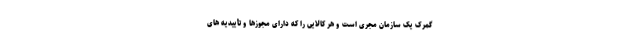
گمرک یک سازمان مجری است و هر کالایی را که دارای مجوزها و تأییدیه های